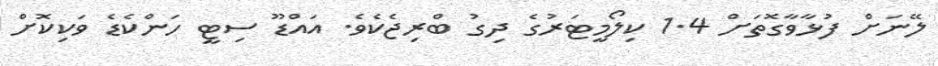
ލޭނަށް ފުޅާވާގޮތަށް 1.4 ކިލޯމީޓަރުގެ ދިގު ބްރިޖެކެވެ. އައްޑޫ ސިޓީ ހަންކެޑެ ވަކިކޮށް